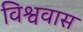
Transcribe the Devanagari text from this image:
विश्ववास